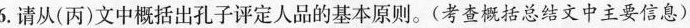
6.请从(丙)文中概括出孔子评定人品的基本原则。(考查概括总结文中主要信息)